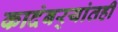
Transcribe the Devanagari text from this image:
कादंबर्‍यांतही